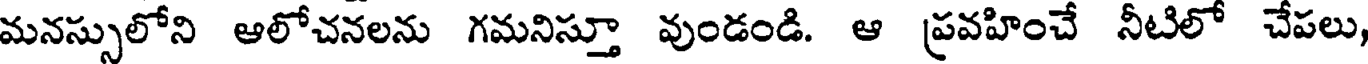
మనస్సులోని ఆలోచనలను గమనిస్తూ వుండండి. ఆ ప్రవహించే నీటిలో చేపలు,